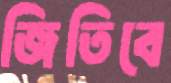
জিতিবে